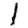
Digit: 1